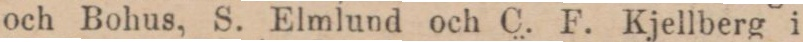
och Bohus, S. Elmlund och C. F. Kjellberg i